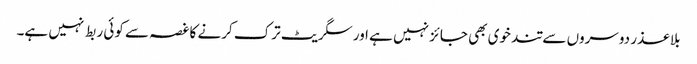
بلا عذر دوسروں سے تند خوی بھی جائز نہیں ہے اور سگریٹ ترک کرنے کا غصہ سے کوئی ربط نہیں ہے۔